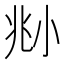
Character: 𡭰